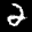
Label: 2